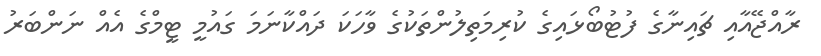
ރާއްޖޭއާއި ޗައިނާގެ ފުޓުބޯޅައިގެ ކުރިމަތިލުންތަކުގެ ވާހަކަ ދައްކާނަމަ ގައުމީ ޓީމްގެ އެއް ނަންބަރު